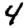
Digit: 4